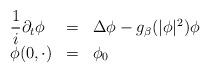
LaTeX: \begin{align*}\begin{array}{lcl}\displaystyle{\frac{1}{i}}\partial_t\phi&=&\Delta \phi-g_\beta(|\phi|^2)\phi\\\phi(0,\cdot)&=&\phi_0 \end{array}\end{align*}